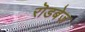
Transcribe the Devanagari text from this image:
रॊडबेज